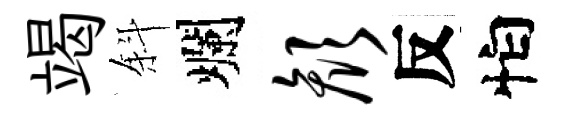
竭斜爛颜反怕